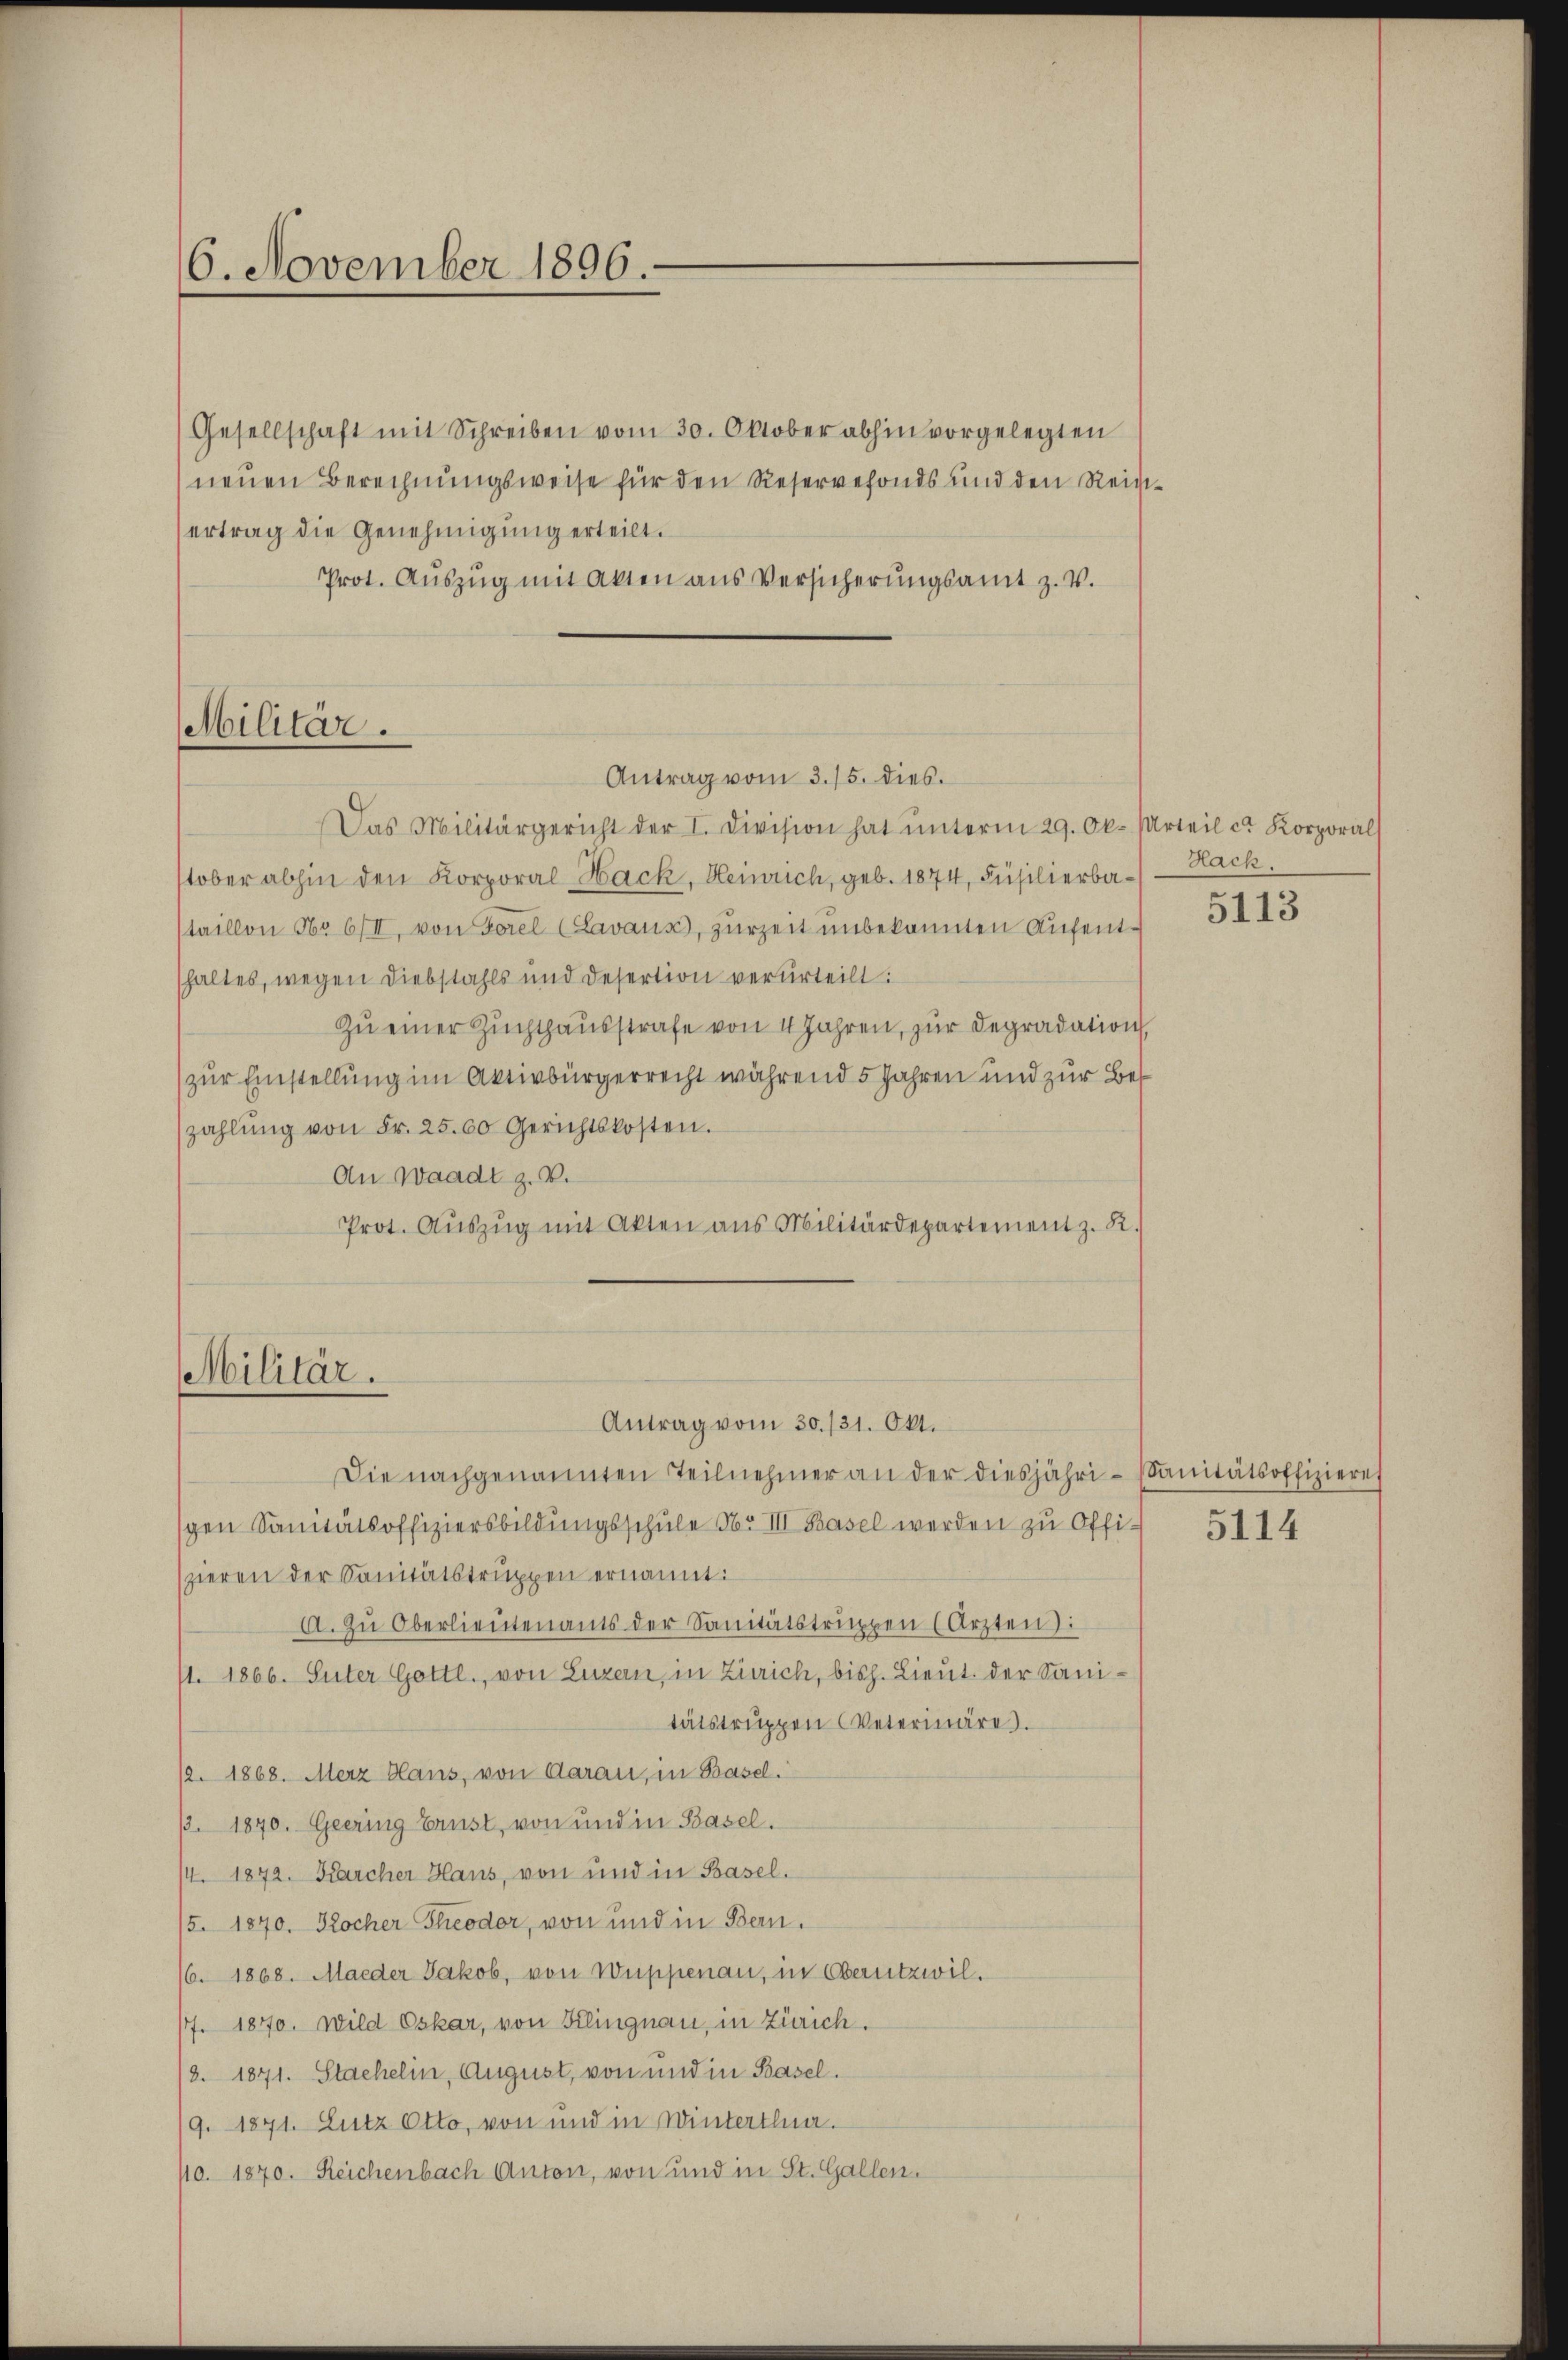
6. November 1896.

Gesellschaft mit Schreiben vom 30. Oktober abhin vorgelegten
neuen Berechnungsweise für den Reservefonds und den Reigertrag die Genehmigung erteilt.
Prot. Aŭszŭg mit Akten aus Versicherŭngsamt z. V.

Antrag vom 3. 15. dies
Das Militärgericht der I. Division hat ŭnterm 29. Ok. (Urteil cr Korporal
stober abhin den Korporal-Hack, Heinrich, geb. 1874, Füsilierbastaillon Nr 6/II, von Forel (Lavaus, zurzeit unbekannten Aufenthaltes, wegen Diebstahls und Desertion verurteilt:
Zu einer Zuchthausstrafe von 4 Jahren, zur Degradation
zur Einstellung im Aktivbürgerrecht während 5 Jahren und zur Bezahlŭng von Fr. 25.00 Gerichtskosten.
An Waadt z. B.
Prot. Aŭszŭg mit Akten aus Militärdepartement z. R.

Militär.

Militär.

Antrag vom 30. 131. Okt.

Hack.

Die nachgenannten Teilnehmer an der diesjährispen Sanitätsoffiziersbildungsschule No III Basel werden zu Offizieren der Sanitätstruppen ernannt:
A. Zu Oberlieutenants der Sanitätstruppen (Arzten):
/1. 1866. Suter Gottl., von Luzern, in Zürich, bish. Lieut. der Sanitätstruppen Veterinäre.
1. 1868. Merz Haus, von Aarau, in Basel.
33. 1870. Geering Ernst, von und in Basel.
/4. 1872. Karcher Haus, von und in Basel.
/5. 1870. Kocher Theodor, von und in Bern.
/6. 1868. Maeder Jakob, von Wuppenau, in Obernitzwil¬
/7. 1870. Wild Oskar, von Klingnau, in Zürich.
/2. 1871. Stachelm, August, von und in Basel.
/9. 1871. Lutz Otto, von und in Wintertha.
10. 1870. Reichenbach Anton, von und in St. Gallen.

5113

Sanitätsoffizieres

5114